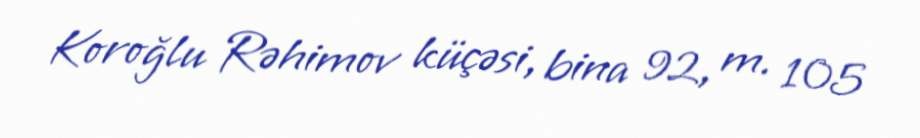
Koroğlu Rəhimov küçəsi, bina 92, m. 105